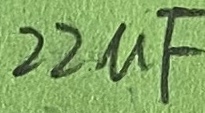
Text: 22µF